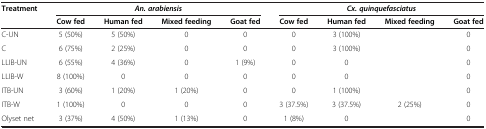
| <ROWSPAN=2> Treatment | <COLSPAN=4> An. arabiensis | <COLSPAN=4> Cx. quinquefasciatus |
 | Cow fed | Human fed | Mixed feeding | Goat fed | Cow fed | Human fed | Mixed feeding | Goat fed |
 | --- | --- | --- | --- | --- | --- | --- | --- | --- |
 | C-UN | 5 (50%) | 5 (50%) | 0 | 0 | 0 | 3 (100%) |  | 0 |
 | C | 6 (75%) | 2 (25%) | 0 | 0 | 0 | 3 (100%) |  | 0 |
 | LLIB-UN | 6 (55%) | 4 (36%) | 0 | 1 (9%) | 0 | 0 |  | 0 |
 | LLIB-W | 8 (100%) | 0 | 0 | 0 | 0 | 0 |  | 0 |
 | ITB-UN | 3 (60%) | 1 (20%) | 1 (20%) | 0 | 0 | 1 (100%) |  | 0 |
 | ITB-W | 1 (100%) | 0 | 0 | 0 | 3 (37.5%) | 3 (37.5%) | 2 (25%) | 0 |
 | Olyset net | 3 (37%) | 4 (50%) | 1 (13%) | 0 | 1 (8%) | 0 |  | 0 |